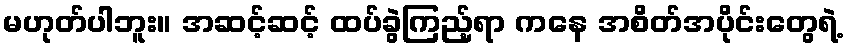
မဟုတ်ပါဘူး။ အဆင့်ဆင့် ထပ်ခွဲကြည့်ရာ ကနေ အစိတ်အပိုင်းတွေရဲ့